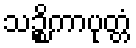
သဉ္စိကာပုတ္တံ